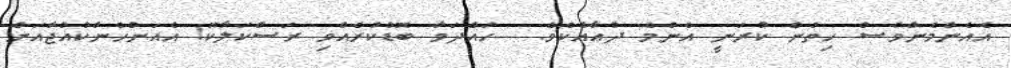
އެއެންމެންވެސް ހިތުން ކުރަނީ އެންމެ ދުޢާއެކެވެ.  ހައްދަވާ ބޮޑުކުރެއްވި ރަސްކަލާކޮ! އެއަންހެންކުއްޖާއަށް